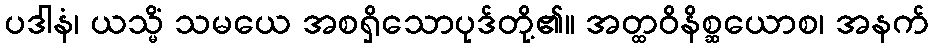
ပဒါနံ၊ ယသ္မိံ သမယေ အစရှိသောပုဒ်တို့၏။ အတ္ထဝိနိစ္ဆယောစ၊ အနက်